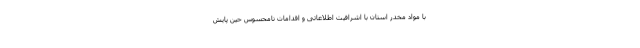
با مواد مخدر استان با اشرافیت اطلاعاتی و اقدامات نامحسوس حین پایش